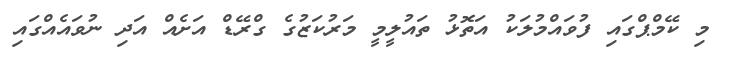
މި ކޭމްޕްގައި ފުވައްމުލަކު އަތޮޅު ތައުލީމީ މަރުކަޒުގެ ގްރޭޑް އަށެއް އަދި ނުވައެއްގައި